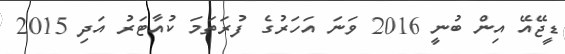
ޑީޖޭއޭ އިން ބުނީ 2016 ވަނަ އަހަރުގެ ފުރަތަމަ ކުއާޓަރު އަދި 2015